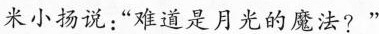
米小扬说:“难道是月光的魔法?“